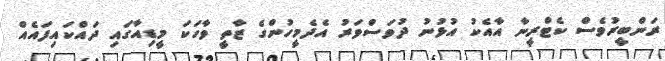
ރަންބީރުވެސް ކެޓްރީނާ އާއެކު އުޅުނު ދުވަސްވަރު އެދެމީހުންގެ ޒާތީ ވާހަކަ މީޑިއާގައި ދައްކައިފައެއް